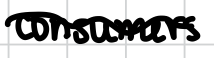
Text: consumers
Cross-out: wave
Writing tool: digital_black